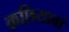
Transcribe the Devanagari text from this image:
कछियावां